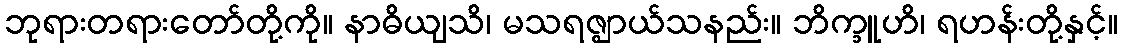
ဘုရားတရားတော်တို့ကို။ နာဓိယျသိ၊ မသရဇ္ဈာယ်သနည်း။ ဘိက္ခူဟိ၊ ရဟန်းတို့နှင့်။